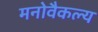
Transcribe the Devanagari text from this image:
मनोवैकल्य